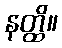
နတ္ထိ။